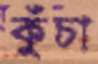
কুঁচা